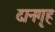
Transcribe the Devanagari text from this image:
दानगृह